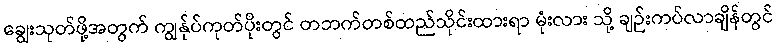
ချွေးသုတ်ဖို့အတွက် ကျွန်ုပ်ကုတ်ပိုးတွင် တဘက်တစ်ထည်သိုင်းထားရာ မုံးလား သို့ ချဉ်းကပ်လာချိန်တွင်